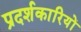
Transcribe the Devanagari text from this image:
प्रदर्शकारियों